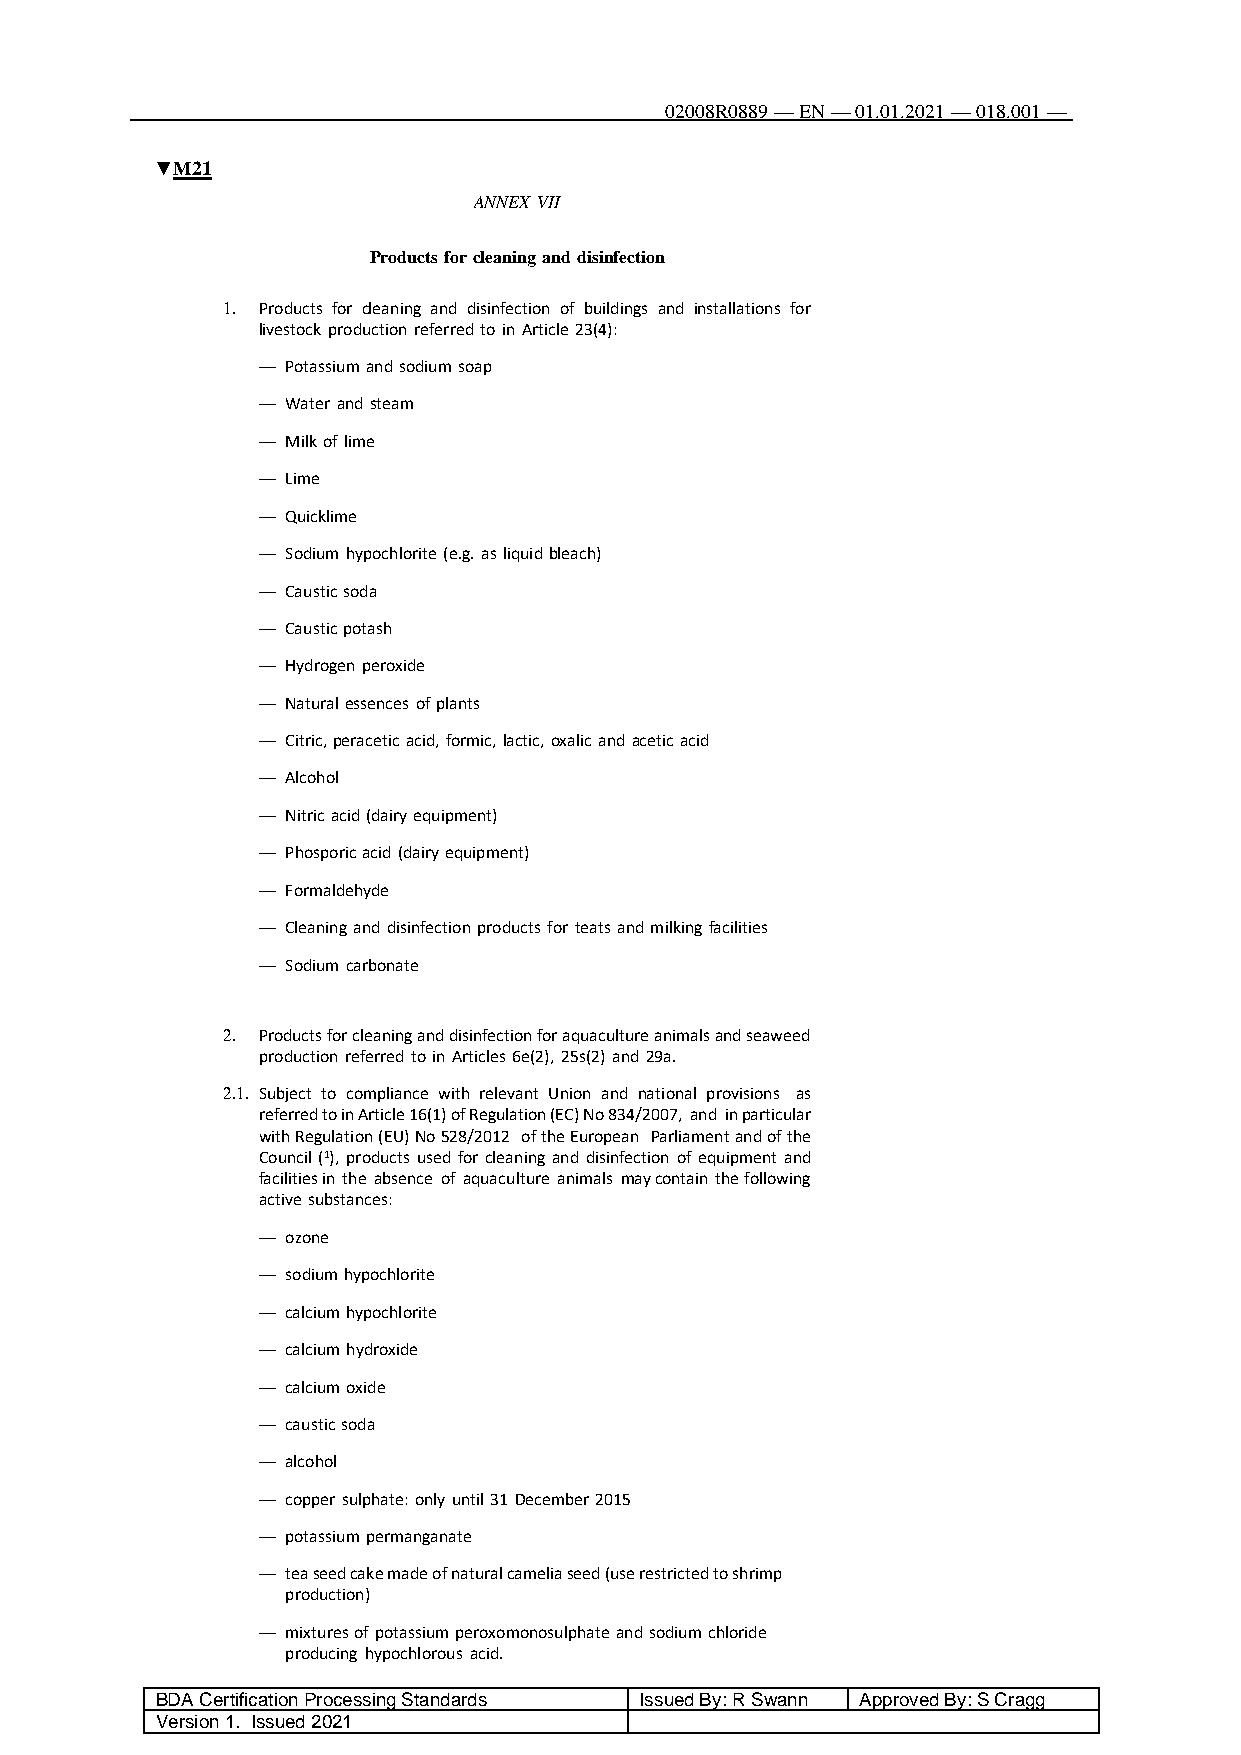
02008R0889 — EN — 01.01.2021 — 018.001 —
 121
 ▼M21
 ANNEX VII
 Products for cleaning and disinfection
 1. Products for cleaning and disinfection of buildings and installations for
 livestock production referred to in Article 23(4):
 — Potassium and sodium soap
 — Water and steam
 — Milk of lime
 — Lime
 — Quicklime
 — Sodium hypochlorite (e.g. as liquid bleach)
 — Caustic soda
 — Caustic potash
 — Hydrogen peroxide
 — Natural essences of plants
 — Citric, peracetic acid, formic, lactic, oxalic and acetic acid
 — Alcohol
 — Nitric acid (dairy equipment)
 — Phosporic acid (dairy equipment)
 — Formaldehyde
 — Cleaning and disinfection products for teats and milking facilities
 — Sodium carbonate
 2. Products for cleaning and disinfection for aquaculture animals and seaweed
 production referred to in Articles 6e(2), 25s(2) and 29a.
 2.1. Subject to compliance with relevant Union and national provisions as
 referred to in Article 16(1) of Regulation (EC) No 834/2007, and in particular
 with Regulation (EU) No 528/2012 of the European Parliament and of the
 Council (1), products used for cleaning and disinfection of equipment and
 facilities in the absence of aquaculture animals may contain the following
 active substances:
 — ozone
 — sodium hypochlorite
 — calcium hypochlorite
 — calcium hydroxide
 — calcium oxide
 — caustic soda
 — alcohol
 — copper sulphate: only until 31 December 2015
 — potassium permanganate
 — tea seed cake made of natural camelia seed (use restricted to shrimp
 production)
 — mixtures of potassium peroxomonosulphate and sodium chloride
 producing hypochlorous acid.
 BDA Certification Processing Standards Issued By: R Swann Approved By: S Cragg
 Version 1. Issued 2021